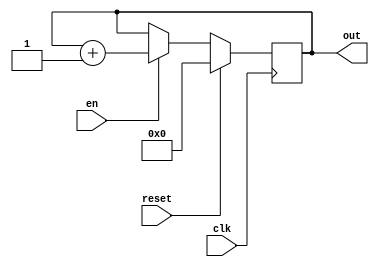
module counter(
    input clk,
    input reset,
    input en,
    output reg [3:0] out
);

    always@(posedge clk) begin
        if(reset)
            out <= 0;
        else if(en)
            out <= out + 1;
    end




endmodule